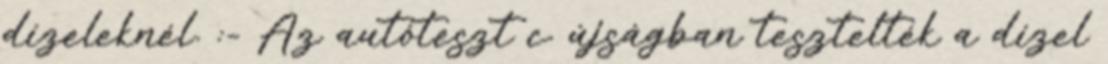
dízeleknél. :- Az autóteszt c. újságban tesztelték a dízel